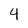
Character: 4